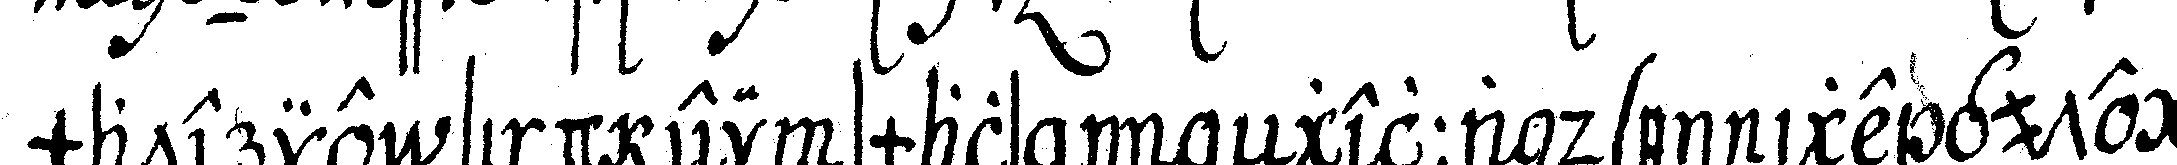
materie sind einsmals in eNgelland einige gute